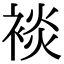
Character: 裧